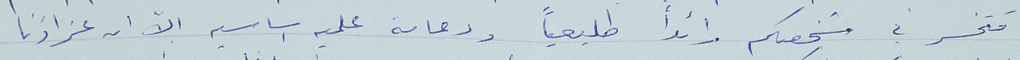
فتخسر في شخصكم رائداً طليعياً ودعامة علميه اساسيه الاّ ان عزاؤنا